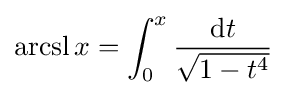
\operatorname {arcsl} x=\int _{0}^{x}{\frac {\mathrm {d} t}{\sqrt {1-t^{4}}}}